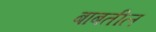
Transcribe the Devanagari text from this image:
बाबतील